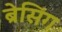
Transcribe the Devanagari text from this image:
ब्रेसिंग